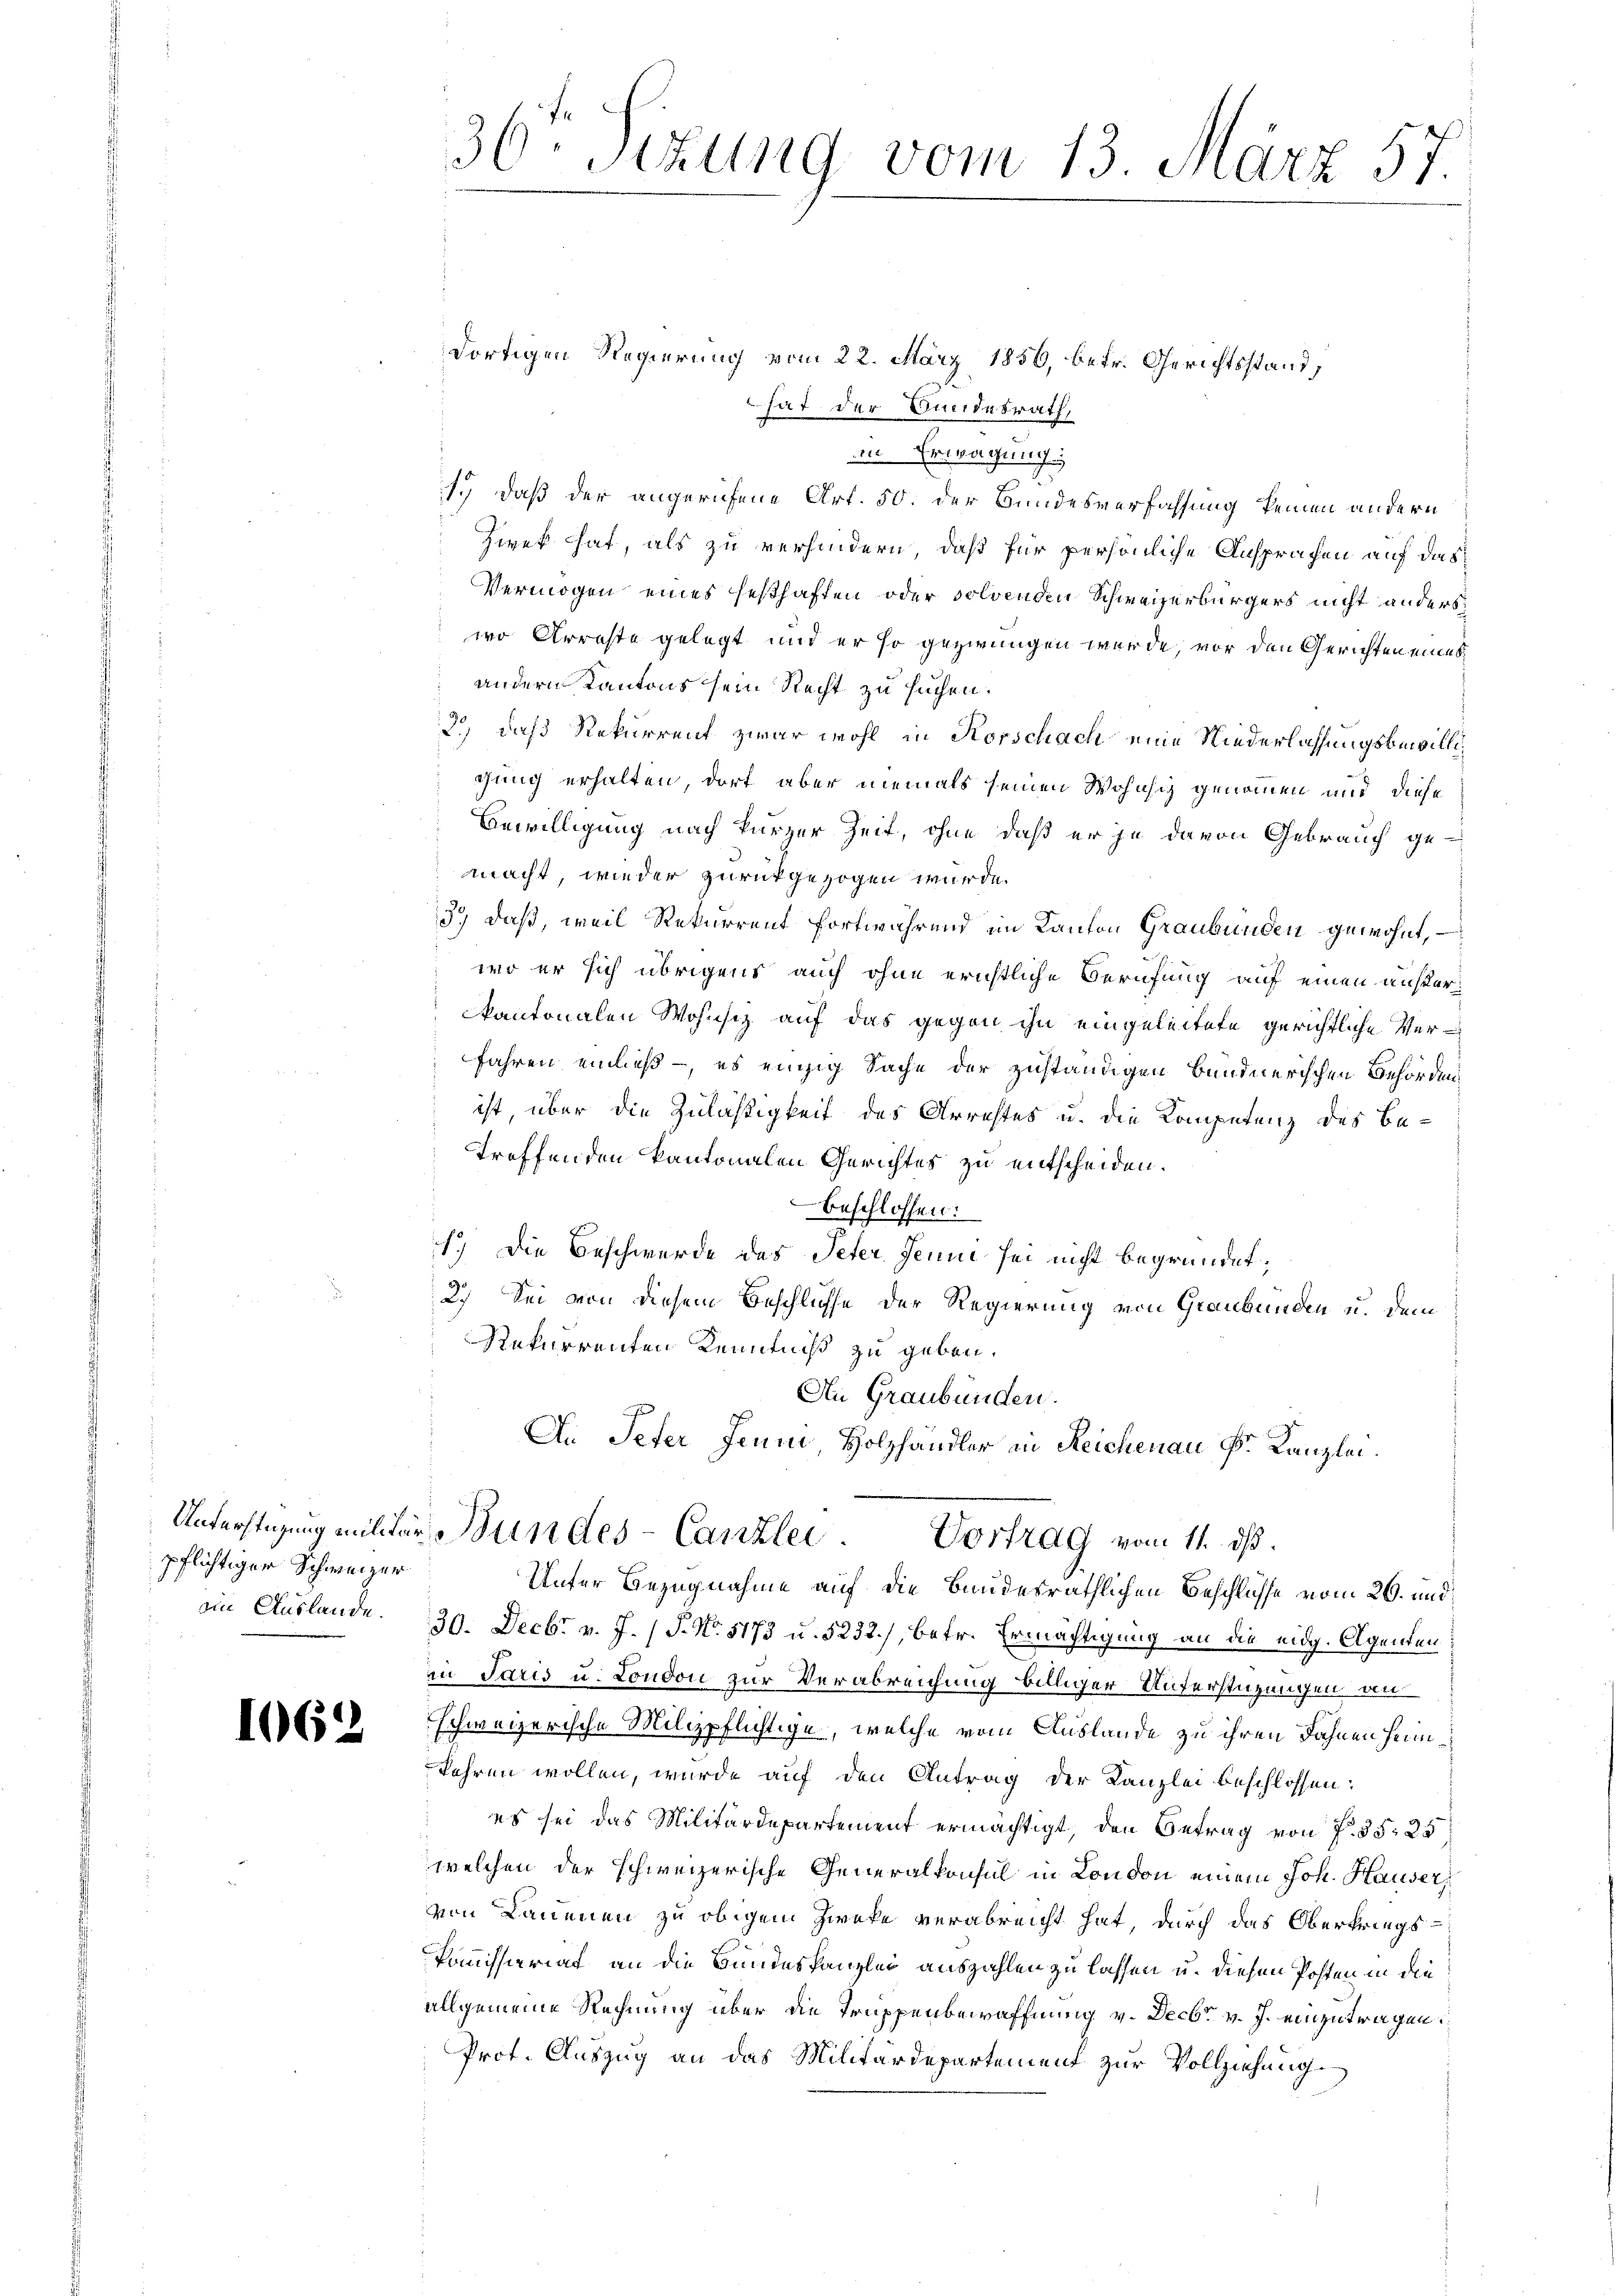
pflichtiger Schweizer
in Auslande.

166.

dortigen Regierung vom 22. März 1856, betr. Gerichtsstand,
 hat der Bundesrath,
in Erwägung
1.) daß der angerufene Art. 50. der Bundesverfassung keinen andern
Zwek hat, als zu verhindern, daß für persönliche Ansprachen auf das
Vermögen eines festhaffen oder solvenden Schweizerbürgers nicht anders
wo Arreste gelegt und er so gezwungen werde, vor den Gerichten eines
andern Kantons sein Recht zu suchen.
2.) Daß Rekurrent zwar wohl in Korschach eine Niederlassungsbewillichung erhalten, dort aber niemals seinen Wohnsig genommen und diese
Bewilligung nach kurzer Zeit, ohne daß er ja davon Gebrauch gemacht, wieder zurückgezogen würde.
3.) daß, weil Rekurrent fortwährend im Kanton Graubünden gewohnt,
wo er sich übrigens auch ohne erichtliche Berufung auf einen äußerkantonalen Wohnsitz auf das gegen ihn eingeleitete gerichtliche Verfahren einließ – es einzig Sache der zuständigen bundnerischen Behörden
ist, über die Zulässigkeit des Arrestes u. die Kompetenz des Betreffenden kantonalen Gerichtes zu entscheiden.
beschlossen:
1.) Die Beschwerde des Peter Jenne sei nicht begründet,
2.) Sei von diesem Beschlusse der Regierung von Graubünden u. dem
Rekurrenten Kenntniß zu geben.
An Graubünden.
An Peter Jeum, Holzhandler in Reichenau Fr. Kanzlei.

36t Sizung vom 13. März 57.

Unterstüzung mitter Bundes-Canzlei. Vortrag vom 11. ds.

Unter Bezugnahme auf die Bandesräthlichen Beschlüsse vom 26. und
30. Decbr v. J. (T. No. 5173 u. 5232), betr. Ermächtigung an die eidg. Agenten
in Paris u. London zur Verabreichung billiger Unterstüzungen an
schweizerische Milizpflichtige, welche vom Auslande zu ihren Fahnen heimkehren wollen, wurde auf den Antrag der Kanzlei beschlossen:
es sei das Militärdepartement ermächtigt, den Betrag von P. 35, 25
welchen der schweizerische Generalkonsul in London einem Joh. Hauser,
von Lauenen zu obigem Zwecke verabreicht hat, durch das Oberkriegs-
Kommissioriat an die Bundeskanzlei auszahlen zu lassen u. diesen Posten in die
allgemeine Rechnung über die Truppenbewaffnung v. Decbr v. J. einzutragen.
Prot. Auszug an das Militärdepartement zur Vollziehung